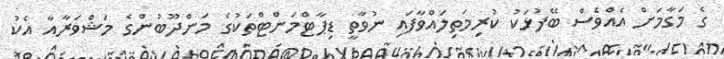
ގެ މަގާމަށް އެއްވެސް ބޭފުޅަކު ކުރިމަތިލައްވާފައި ނުވާތީ ޑިޕާޓްމަންޓްތަކުގެ މަންދޫބުންގެ މަޝްވަރާއާ އެކު